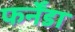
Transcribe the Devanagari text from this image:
फर्नेंडा